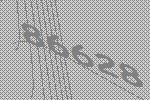
86628